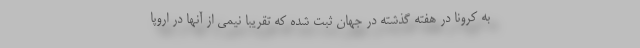
به کرونا در هفته گذشته در جهان ثبت شده که تقریبا نیمی از آنها در اروپا